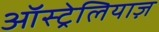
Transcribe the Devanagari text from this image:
ऑस्ट्रेलियाज़